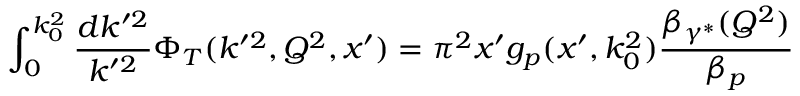
\int _ { 0 } ^ { k _ { 0 } ^ { 2 } } { \frac { d k ^ { \prime 2 } } { k ^ { \prime 2 } } } \Phi _ { T } ( k ^ { \prime 2 } , Q ^ { 2 } , x ^ { \prime } ) = \pi ^ { 2 } x ^ { \prime } g _ { p } ( x ^ { \prime } , k _ { 0 } ^ { 2 } ) { \frac { \beta _ { \gamma ^ { * } } ( Q ^ { 2 } ) } { \beta _ { p } } }